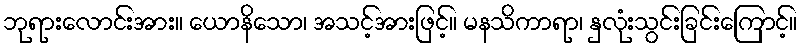
ဘုရားလောင်းအား။ ယောနိသော၊ အသင့်အားဖြင့်။ မနသိကာရာ၊ နှလုံးသွင်းခြင်းကြောင့်။